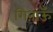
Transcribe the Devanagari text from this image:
गिनाऊँ